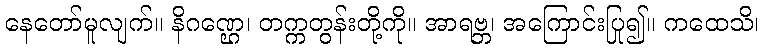
နေတော်မူလျက်။ နိဂဏ္ဌေ၊ တက္ကတွန်းတို့ကို။ အာရဗ္ဘ၊ အကြောင်းပြု၍။ ကထေသိ၊